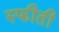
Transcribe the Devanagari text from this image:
स्फीती